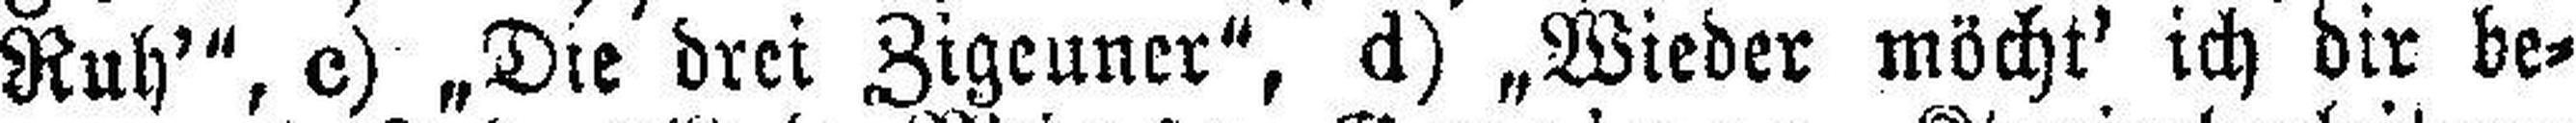
Ruh'", c) „Die drei Zigeuner", d) „Wieder möcht' ich dir be¬